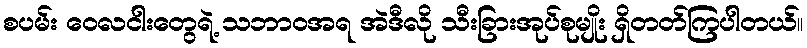
စပမ်း ဝေလငါးတွေရဲ့ သဘာဝအရ အဲဒီလို သီးခြားအုပ်စုမျိုး ရှိတတ်ကြပါတယ်။